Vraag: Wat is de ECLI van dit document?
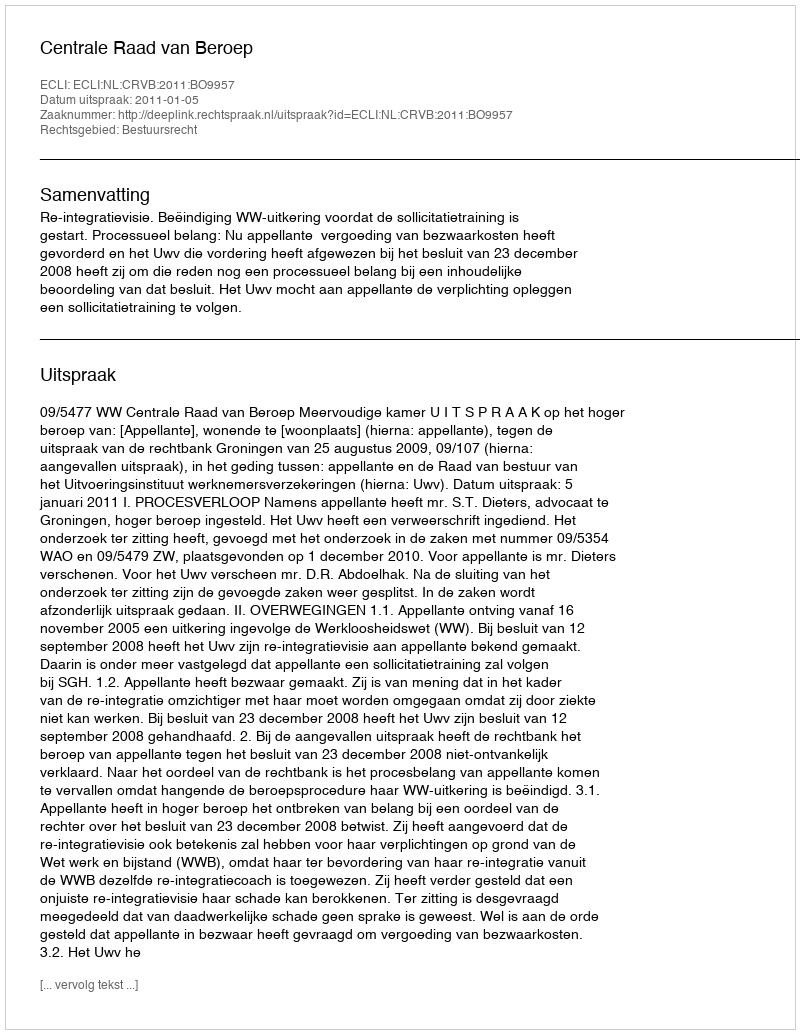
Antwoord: ECLI:NL:CRVB:2011:BO9957